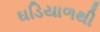
ઘડિયાળથી